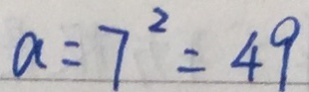
a = 7 ^ { 2 } = 4 9